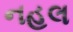
નહલ